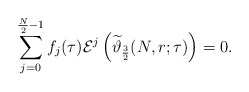
\begin{align*}\sum_{j=0}^{\frac N2-1}f_{j}(\tau)\mathcal{E}^{j}\left(\widetilde{\vartheta}_{\frac32}(N,r;\tau)\right)=0.\end{align*}